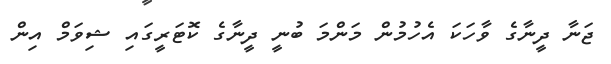
ޖަނާ ދީނާގެ ވާހަކަ އެހުމުން މަންމަ ބުނީ ދީނާގެ ކޮޓަރީގައި ޝިވަމް އިން